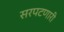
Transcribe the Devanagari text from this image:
सरपटणारी